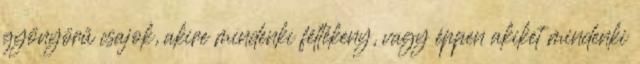
gyönyörű csajok, akire mindenki féltékeny, vagy éppen akiket mindenki